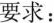
要求：